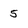
Character: 5